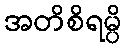
အတိစိရမ္ပိ